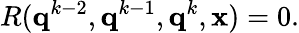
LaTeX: R(\mathbf{q}^{k-2},\mathbf{q}^{k-1},\mathbf{q}^{k},\mathbf{x})=0.